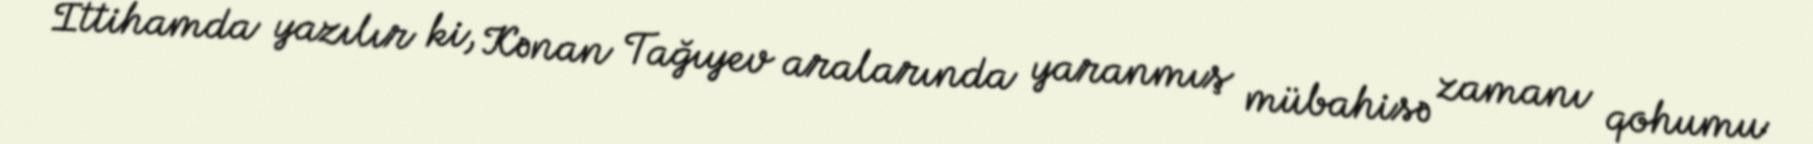
İttihamda yazılır ki, Kənan Tağıyev aralarında yaranmış mübahisə zamanı qohumu